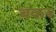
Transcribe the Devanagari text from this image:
बकरु